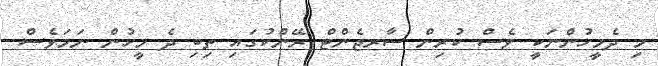
މި ދެމީހުންނަކީ ވެސް ކުރިން ސާރޖެންޓް ރޭންކުގައި ތިބި ދެ މީހުން ނަމަވެސް